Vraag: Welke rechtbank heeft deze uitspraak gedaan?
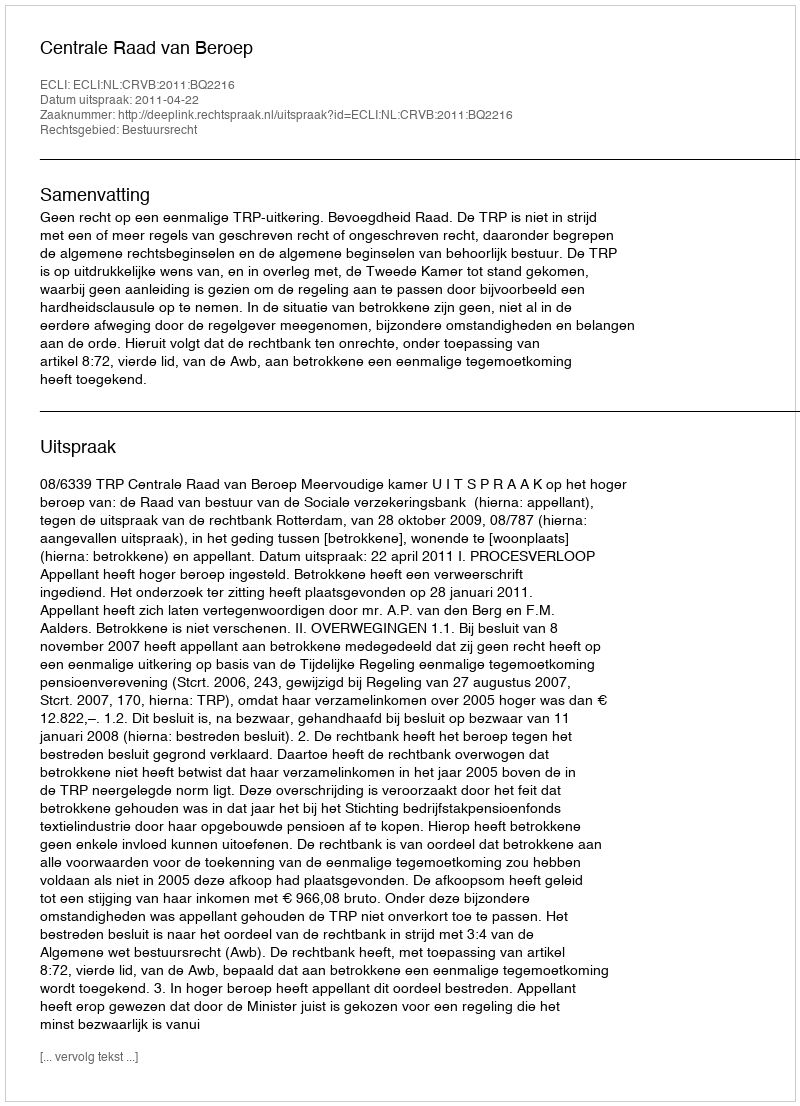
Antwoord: Centrale Raad van Beroep